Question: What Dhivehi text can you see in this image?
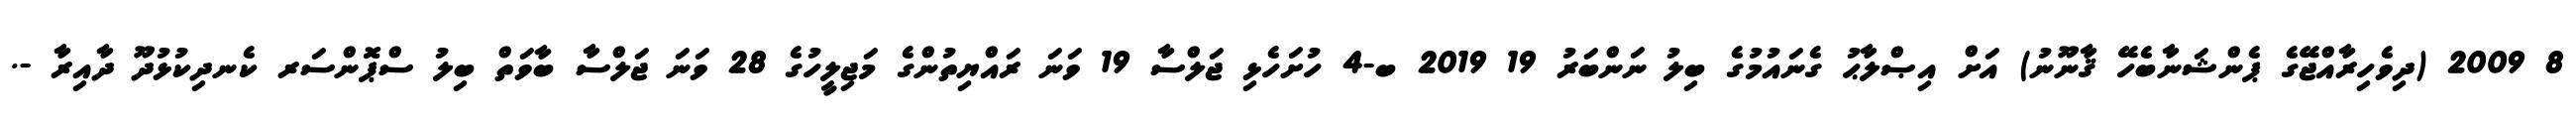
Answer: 8 2009 (ދިވެހިރާއްޖޭގެ ޕެންޝަނާބެހޭ ޤާނޫނު) އަށް އިޞްލާޙު ގެނައުމުގެ ބިލު ނަންބަރު 19 2019 ބ-4 ހުށަހެޅި ޖަލްސާ 19 ވަނަ ރައްޔިތުންގެ މަޖިލީހުގެ 28 ވަނަ ޖަލްސާ ބާވަތް ބިލު ސްޕޮންސަރ ކެނދިކުޅުދޫ ދާއިރާ -.